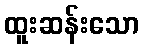
ထူးဆန်းသော